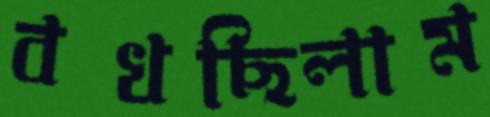
বখছিলাম